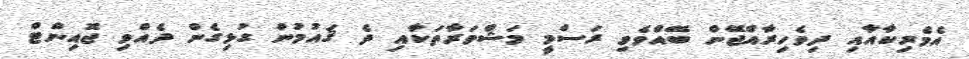
އެމެރިކާއާއި ދިވެހިރާއްޖޭން ބޭއްވެވި ރަސްމީ މަޝްވަރާތަކާއި ދެ ޤައުމުން ގުޅިގެން ދެއްވި ޖޮއިންޓް